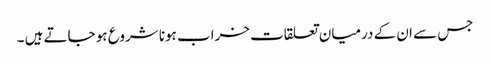
جس سے ان کے درمیان تعلقات خراب ہونا شروع ہو جاتے ہیں ۔